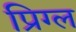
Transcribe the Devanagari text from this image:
प्रिग्ल